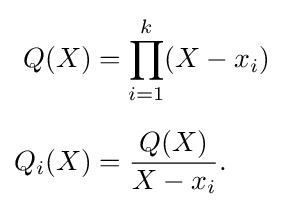
{\begin{aligned}Q(X)&=\prod _{i=1}^{k}(X-x_{i})\\[6pt]Q_{i}(X)&={\frac {Q(X)}{X-x_{i}}}.\end{aligned}}